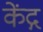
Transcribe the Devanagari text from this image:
केंद्ग